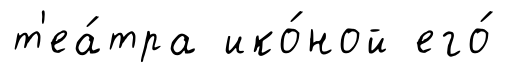
т'еа́тра ико́ной его́